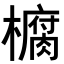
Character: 𭬙